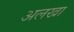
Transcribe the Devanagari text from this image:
अलखा